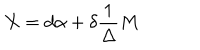
X = d \alpha + \delta \frac { 1 } { \Delta } M